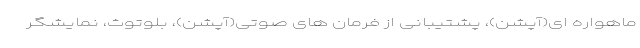
ماهواره ای(آپشن)، پشتیبانی از فرمان های صوتی(آپشن)، بلوتوث، نمایشگر